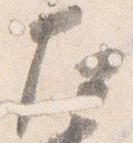
左